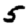
Digit: 5